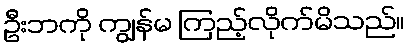
ဦးဘကို ကျွန်မ ကြည့်လိုက်မိသည်။